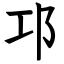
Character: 邛